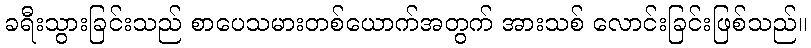
ခရီးသွားခြင်းသည် စာပေသမားတစ်ယောက်အတွက် အားသစ် လောင်းခြင်းဖြစ်သည်။